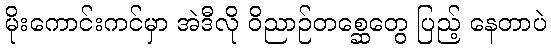
မိုးကောင်းကင်မှာ အဲဒီလို ဝိညာဉ်တစ္ဆေတွေ ပြည့် နေတာပဲ